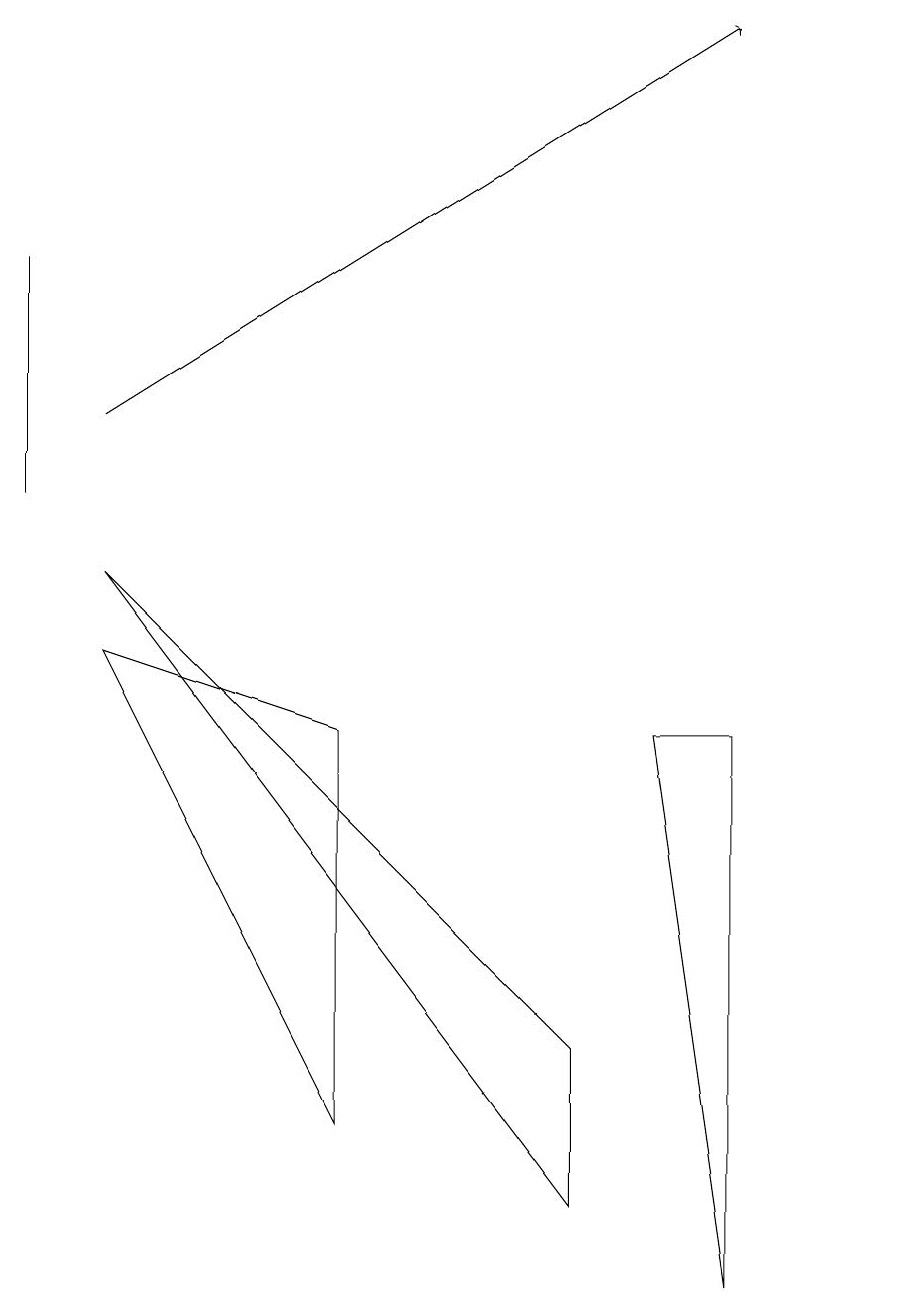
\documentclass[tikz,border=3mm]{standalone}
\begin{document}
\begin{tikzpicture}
\draw (0,10) rectangle (0,13);
\draw[->] (1,11) -- (9,16);
\draw (1,8) -- (4,7) -- (4,2) -- cycle;
\draw (7,1) -- (7,3) -- (1,9) -- cycle;
\draw (8,7) -- (9,7) -- (9,0) -- cycle;
\draw (11,10) circle (0);
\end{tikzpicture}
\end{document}